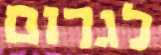
לגרום